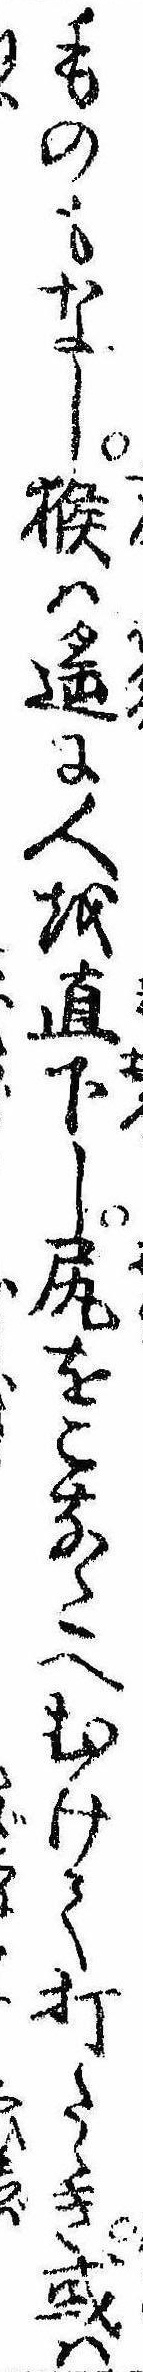
ものもなし猴は遥に人を直下し尻をこなたへむけて打たゝき或は